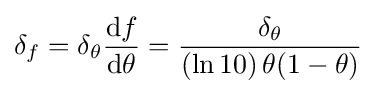
\delta _{f}=\delta _{\theta }{\frac {\mathrm {d} f}{\mathrm {d} \theta }}={\frac {\delta _{\theta }}{(\ln 10)\,\theta (1-\theta )}}